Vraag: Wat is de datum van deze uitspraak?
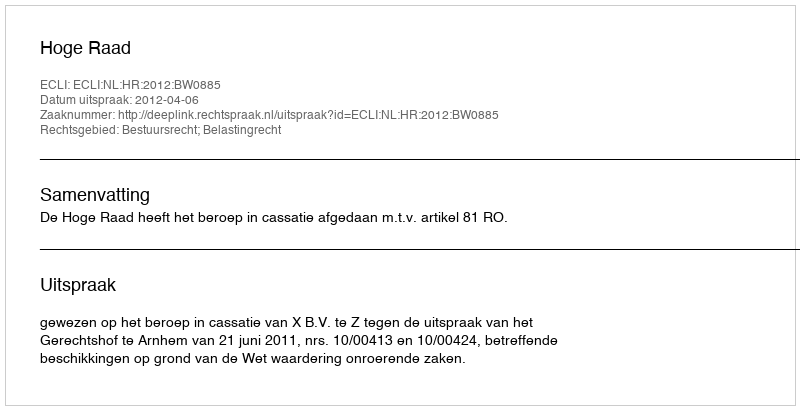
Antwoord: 2012-04-06